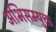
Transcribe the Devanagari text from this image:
अभिसम्युक्त